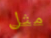
مثل